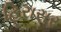
હિરાસર